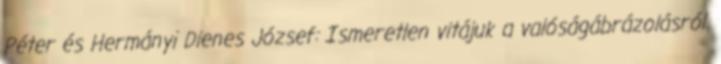
Péter és Hermányi Dienes József: Ismeretlen vitájuk a valóságábrázolásról.